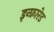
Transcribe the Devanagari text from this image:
इन्‍फ्रारेड